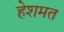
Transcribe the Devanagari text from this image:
हेशमत